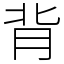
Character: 背